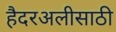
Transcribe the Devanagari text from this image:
हैदरअलीसाठी